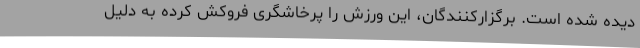
دیده شده است. برگزارکنندگان، این ورزش را پرخاشگری فروکش کرده به دلیل